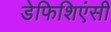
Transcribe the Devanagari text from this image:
डेफिशिएंसी